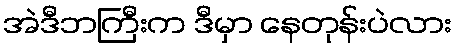
အဲဒီဘကြီးက ဒီမှာ နေတုန်းပဲလား